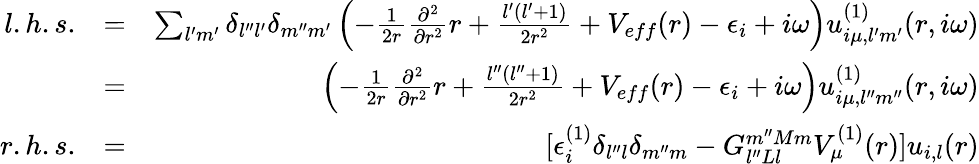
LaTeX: \begin{array}{rlr}{l.h.s.}&{=}&{\sum_{l^{\prime}m^{\prime}}\delta_{l^{\prime\prime}l^{\prime}}\delta_{m^{\prime\prime}m^{\prime}}\left(-\frac{1}{2r}\frac{\partial^{2}}{\partial r^{2}}r+\frac{l^{\prime}(l^{\prime}+1)}{2r^{2}}+V_{eff}(r)-\epsilon_{i}+i\omega\right)u_{i\mu,l^{\prime}m^{\prime}}^{(1)}(r,i\omega)}\\ &{=}&{\left(-\frac{1}{2r}\frac{\partial^{2}}{\partial r^{2}}r+\frac{l^{\prime\prime}(l^{\prime\prime}+1)}{2r^{2}}+V_{eff}(r)-\epsilon_{i}+i\omega\right)u_{i\mu,l^{\prime\prime}m^{\prime\prime}}^{(1)}(r,i\omega)}\\ {r.h.s.}&{=}&{[\epsilon_{i}^{(1)}\delta_{l^{\prime\prime}l}\delta_{m^{\prime\prime}m}-G_{l^{\prime\prime}Ll}^{m^{\prime\prime}Mm}V_{\mu}^{(1)}(r)]u_{i,l}(r)}\end{array}